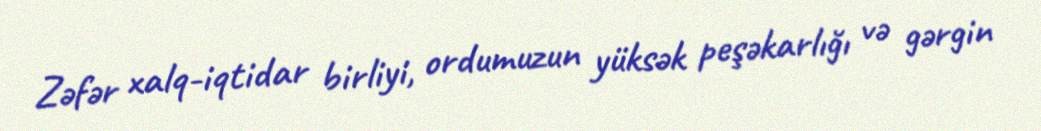
Zəfər xalq-iqtidar birliyi, ordumuzun yüksək peşəkarlığı və gərgin